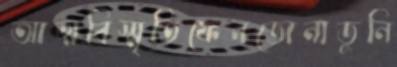
আত্মবিস্মৃতিফেনডোনাডুনি